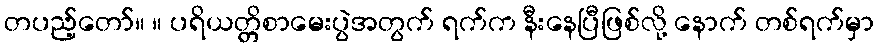
တပည့်တော်။ ။ ပရိယတ္တိစာမေးပွဲအတွက် ရက်က နီးနေပြီဖြစ်လို့ နောက် တစ်ရက်မှာ